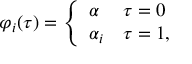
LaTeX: \varphi _ { i } ( \tau ) = \left\{ \begin{array} { l l } { { \alpha } } & { { \tau = 0 } } \\ { { \alpha _ { i } } } & { { \tau = 1 , } } \end{array} \right.